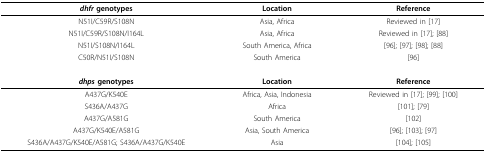
| dhfr genotypes | Location | Reference |
 | --- | --- | --- |
 | N51I/C59R/S108N | Asia, Africa | Reviewed in [17] |
 | N51I/C59R/S108N/I164L | Asia, Africa | Reviewed in [17]; [88] |
 | N51I/S108N/I164L | South America, Africa | [96]; [97]; [98]; [88] |
 | C50R/N51I/S108N | South America | [96] |
 | dhps genotypes | Location | Reference |
 | A437G/K540E | Africa, Asia, Indonesia | Reviewed in [17]; [99]; [100] |
 | S436A/A437G | Africa | [101]; [79] |
 | A437G/A581G | South America | [102] |
 | A437G/K540E/A581G | Asia, South America | [96]; [103]; [97] |
 | S436A/A437G/K540E/A581G; S436A/A437G/K540E | Asia | [104]; [105] |